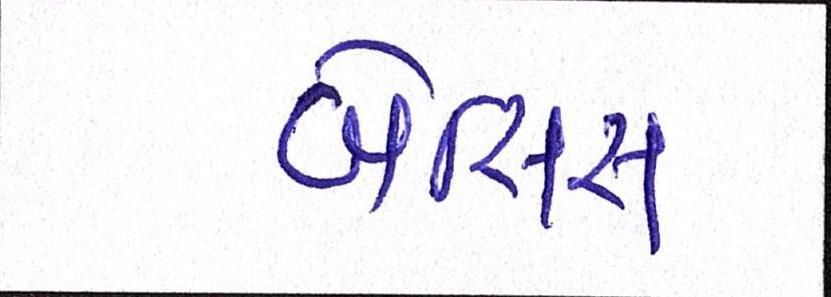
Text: બેસિસ